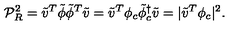
{ \cal P } _ { R } ^ { 2 } = { \tilde { v } } ^ { T } { \tilde { \phi } } { \tilde { \phi } } ^ { T } { \tilde { v } } = { \tilde { v } } ^ { T } { \phi } _ { c } { \tilde { \phi } } _ { c } ^ { \dagger } { \tilde { v } } = | { \tilde { v } } ^ { T } { \phi } _ { c } | ^ { 2 } .